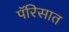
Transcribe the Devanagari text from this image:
पॅरिसात